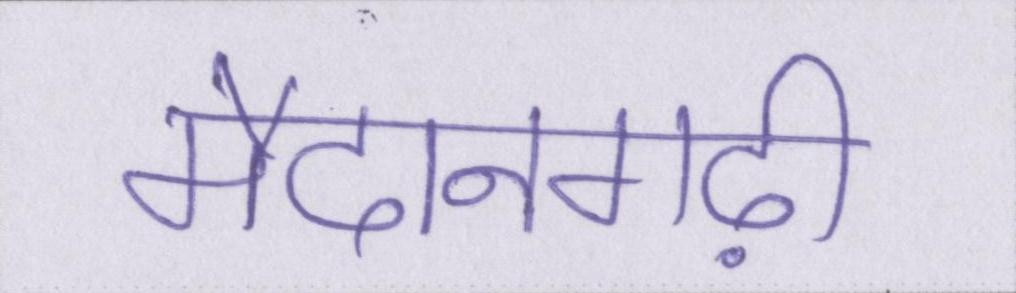
मैदानगढ़ी